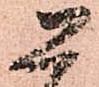
恐